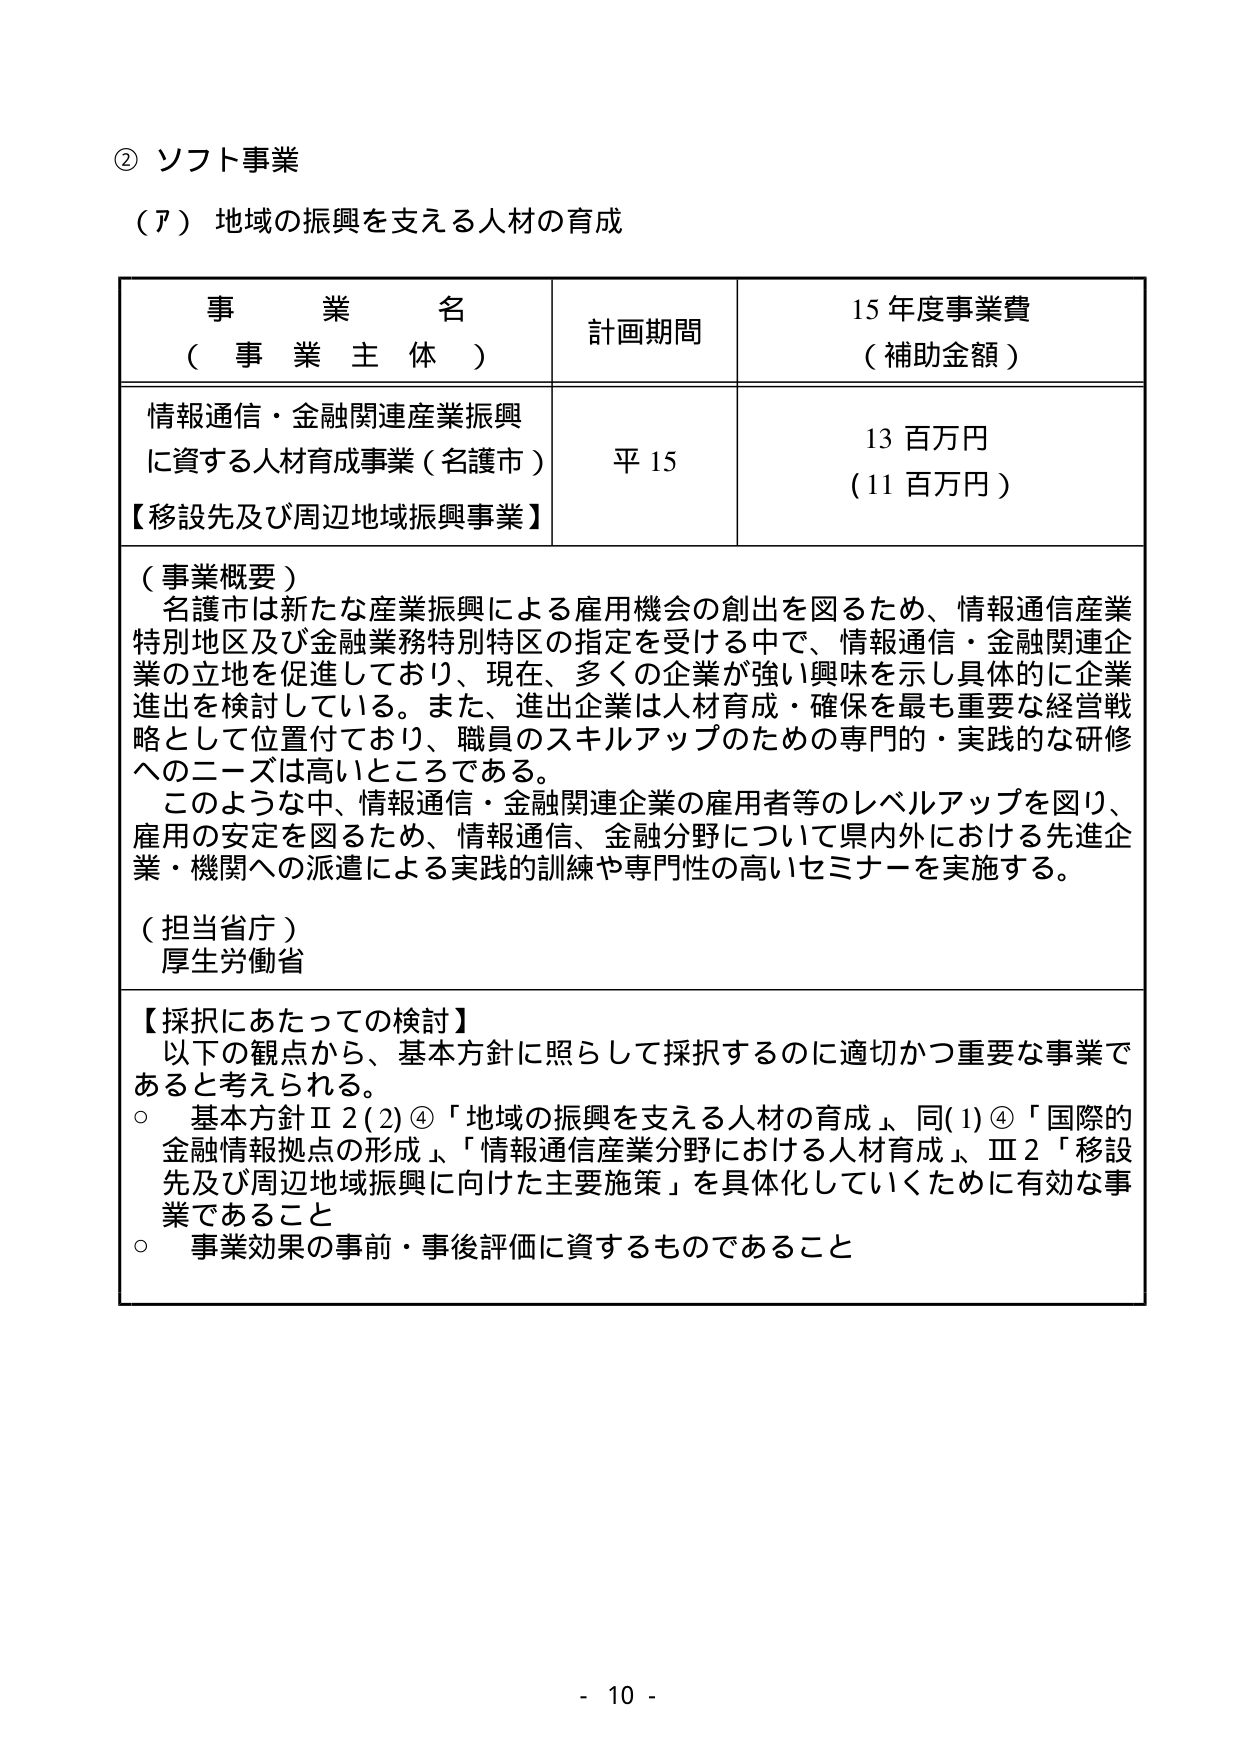
② ソフト事業
（ア）地域の振興を支える人材の育成

| 事業名（事業主体） | 計画期間 | 15年度事業費（補助金額） |
|------------------|----------|------------------------|
| 情報通信・金融関連産業振興に資する人材育成事業（名護市）【移設先及び周辺地域振興事業】 | 平15 | 13百万円（11百万円） |

（事業概要）
名護市は新たな産業振興による雇用機会の創出を図るため、情報通信産業特別地区及び金融業務特別特区の指定を受ける中で、情報通信・金融関連企業の立地を促進しており、現在、多くの企業が強い興味を示し具体的に企業進出を検討している。また、進出企業は人材育成・確保を最も重要な経営戦略として位置付けており、職員のスキルアップのための専門的・実践的な研修へのニーズは高いところである。
このような中、情報通信・金融関連企業の雇用者等のレベルアップを図り、雇用の安定を図るため、情報通信、金融分野について県内外における先進企業・機関への派遣による実践的訓練や専門性の高いセミナーを実施する。

（担当省庁）
厚生労働省

【採択にあたっての検討】
以下の観点から、基本方針に照らして採択するのに適切かつ重要な事業であると考えられる。
○ 基本方針Ⅱ2(2)④「地域の振興を支える人材の育成」、同(1)④「国際的金融情報拠点の形成」、「情報通信産業分野における人材育成」、Ⅲ2「移設先及び周辺地域振興に向けた主要施策」を具体化していくために有効な事業であること
○ 事業効果の事前・事後評価に資するものであること

- 10 -